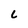
Character: L